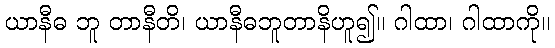
ယာနီဓ ဘူ တာနီတိ၊ ယာနီဓဘူတာနိဟူ၍။ ဂါထာ၊ ဂါထာကို။